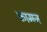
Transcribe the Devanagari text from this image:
कामज